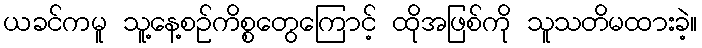
ယခင်ကမူ သူ့နေ့စဉ်ကိစ္စတွေကြောင့် ထိုအဖြစ်ကို သူသတိမထားခဲ့။